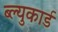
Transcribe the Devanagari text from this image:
ब्ल्युकार्ड